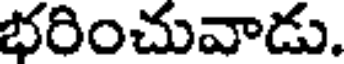
భరించువాడు.